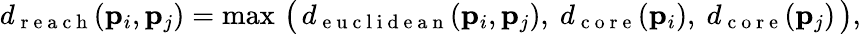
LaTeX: d_{\mathrm{~r~e~a~c~h~}}(\mathbf{p}_{i},\mathbf{p}_{j})=\operatorname*{max}\, \big(\, d_{\mathrm{~e~u~c~l~i~d~e~a~n~}}(\mathbf{p}_{i},\mathbf{p}_{j}),\ d_{\mathrm{~c~o~r~e~}}(\mathbf{p}_{i}),\ d_{\mathrm{~c~o~r~e~}}(\mathbf{p}_{j})\, \big),